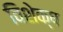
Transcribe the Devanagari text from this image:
विशेक्ष